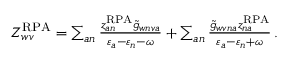
\begin{array} { r } { Z _ { w v } ^ { \mathrm { R P A } } = \sum _ { a n } \frac { z _ { a n } ^ { \mathrm { R P A } } \tilde { g } _ { w n v a } } { \varepsilon _ { a } - \varepsilon _ { n } - \omega } + \sum _ { a n } \frac { \tilde { g } _ { w v n a } z _ { n a } ^ { \mathrm { R P A } } } { \varepsilon _ { a } - \varepsilon _ { n } + \omega } \, . } \end{array}